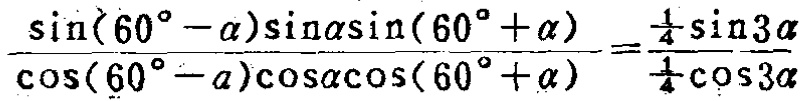
\(\frac{\sin(60^{\circ}-\alpha)\sin\alpha\sin(60^{\circ}+\alpha)}{\cos(60^{\circ}-\alpha)\cos\alpha\cos(60^{\circ}+\alpha)}=\frac{\frac{1}{4}\sin3\alpha}{\frac{1}{4}\cos3\alpha}\)